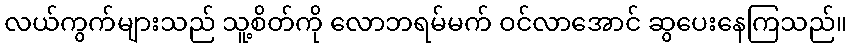
လယ်ကွက်များသည် သူ့စိတ်ကို လောဘရမ်မက် ဝင်လာအောင် ဆွပေးနေကြသည်။